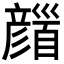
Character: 𩠪